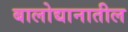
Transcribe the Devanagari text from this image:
बालोद्यानातील